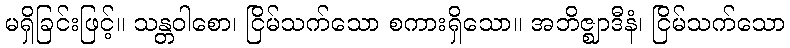
မရှိခြင်းဖြင့်။ သန္တဝါစော၊ ငြိမ်သက်သော စကားရှိသော။ အဘိဇ္ဈာဒီနံ၊ ငြိမ်သက်သော